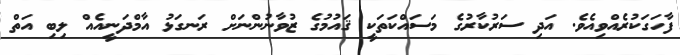
ފާހަގަކުރެއްވިއެވެ. އަދި ސަރުކާރުގެ މަސައްކަތަކީ ޤައުމުގެ ޒުވާނުންނަށް ރަނގަޅު އާމްދަނީއެއް ލިބި އަތް